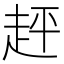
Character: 𧻈